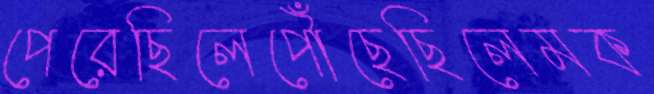
পেরেছিলেপৌঁছেছিলেমক